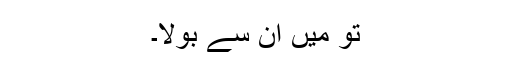
تو میں ان سے بولا۔